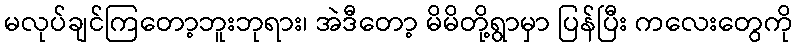
မလုပ်ချင်ကြတော့ဘူးဘုရား၊ အဲဒီတော့ မိမိတို့ရွာမှာ ပြန်ပြီး ကလေးတွေကို